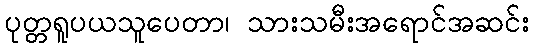
ပုတ္တရူပယသူပေတာ၊ သားသမီးအရောင်အဆင်း